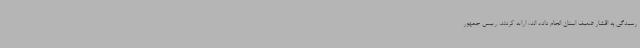
رسیدگی به اقشار ضعیف استان انجام داده اند، ارایه کردند. رییس جمهور